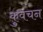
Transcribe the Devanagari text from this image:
कुवचन